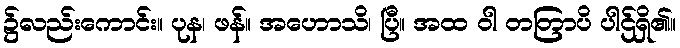
၌လည်းကောင်း။ ပုန၊ ဖန်။ အဟောသိ၊ ပြီ။ အထ ဝါ တတြာပိ ပါဌ်ရှိ၏။